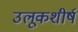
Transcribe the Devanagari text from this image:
उलूकशीर्ष